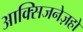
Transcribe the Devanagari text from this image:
आक्सिजनेज़हो